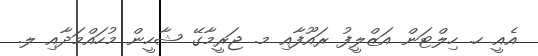
އެއީ ހ. ހިލްޓަން އަޒްލީފު ރައޫފާއި މ. ޖަރީމާގޭ ޝާހީން މުހައްމަދާއި ލ.